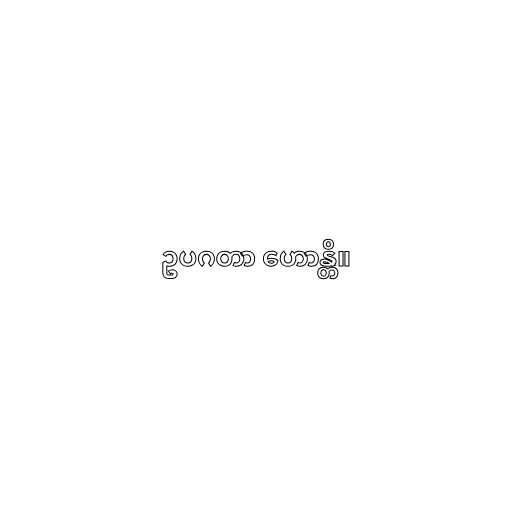
ဥပဂတာ ဟောန္တိ။